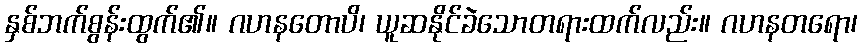
နှစ်ဘက်စွန်းထွက်၏။ ဂဟနတောပိ၊ ယူဆနိုင်ခဲသောတရားထက်လည်း။ ဂဟနတရော၊